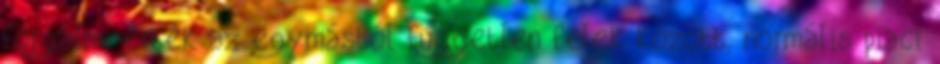
forgalmi érték az egymástól független felek között, normális piaci